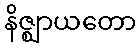
နိဇ္ဈာယတော